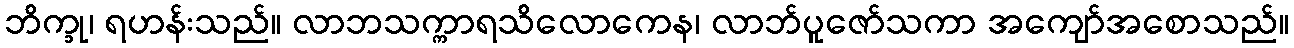
ဘိက္ခု၊ ရဟန်းသည်။ လာဘသက္ကာရသိလောကေန၊ လာဘ်ပူဇော်သကာ အကျော်အစောသည်။